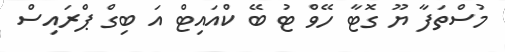
މުސްތަފާ ޔޫ ގޮޓާ ހޭވް ޓު ބޭ ކްއައިޓް އަ ބިގް ޕްރައިސް